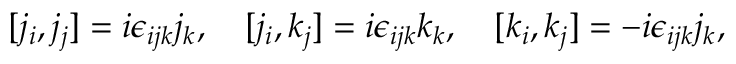
[ j _ { i } , j _ { j } ] = i \epsilon _ { i j k } j _ { k } , \quad [ j _ { i } , k _ { j } ] = i \epsilon _ { i j k } k _ { k } , \quad [ k _ { i } , k _ { j } ] = - i \epsilon _ { i j k } j _ { k } ,